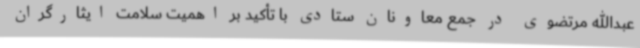
عبدالله مرتضوی در جمع معاونان ستادی با تأکید بر اهمیت سلامت ایثارگران